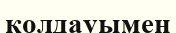
қолдауымен